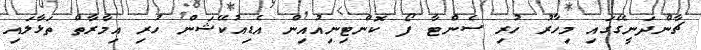
ޗާންދަނީގޭގައި މިހާރު ހުރި ސެންޓާ ފޯ ކޮންޓިނިއުއިން އެޑިއުކޭޝަން ހުރި އިމާރާތް ތަޅާލައި